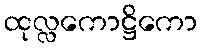
ထုလ္လကောဋ္ဌိကော